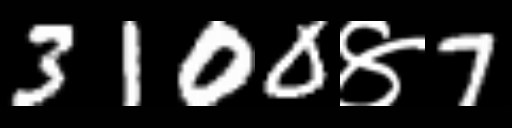
Text: 3100४7